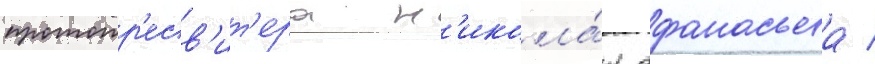
протопр'есв'ит'ера н'икола́я афанасьева /